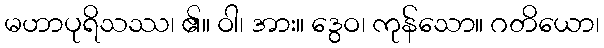
မဟာပုရိသဿ၊ ၏။ ဝါ၊ အား။ ဒွေဝ၊ ကုန်သော။ ဂတိယော၊